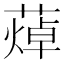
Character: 𦻐